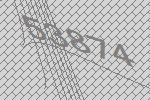
53874